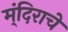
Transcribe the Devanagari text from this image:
म्ंदिराचे